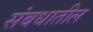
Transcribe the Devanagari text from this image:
संबधातील